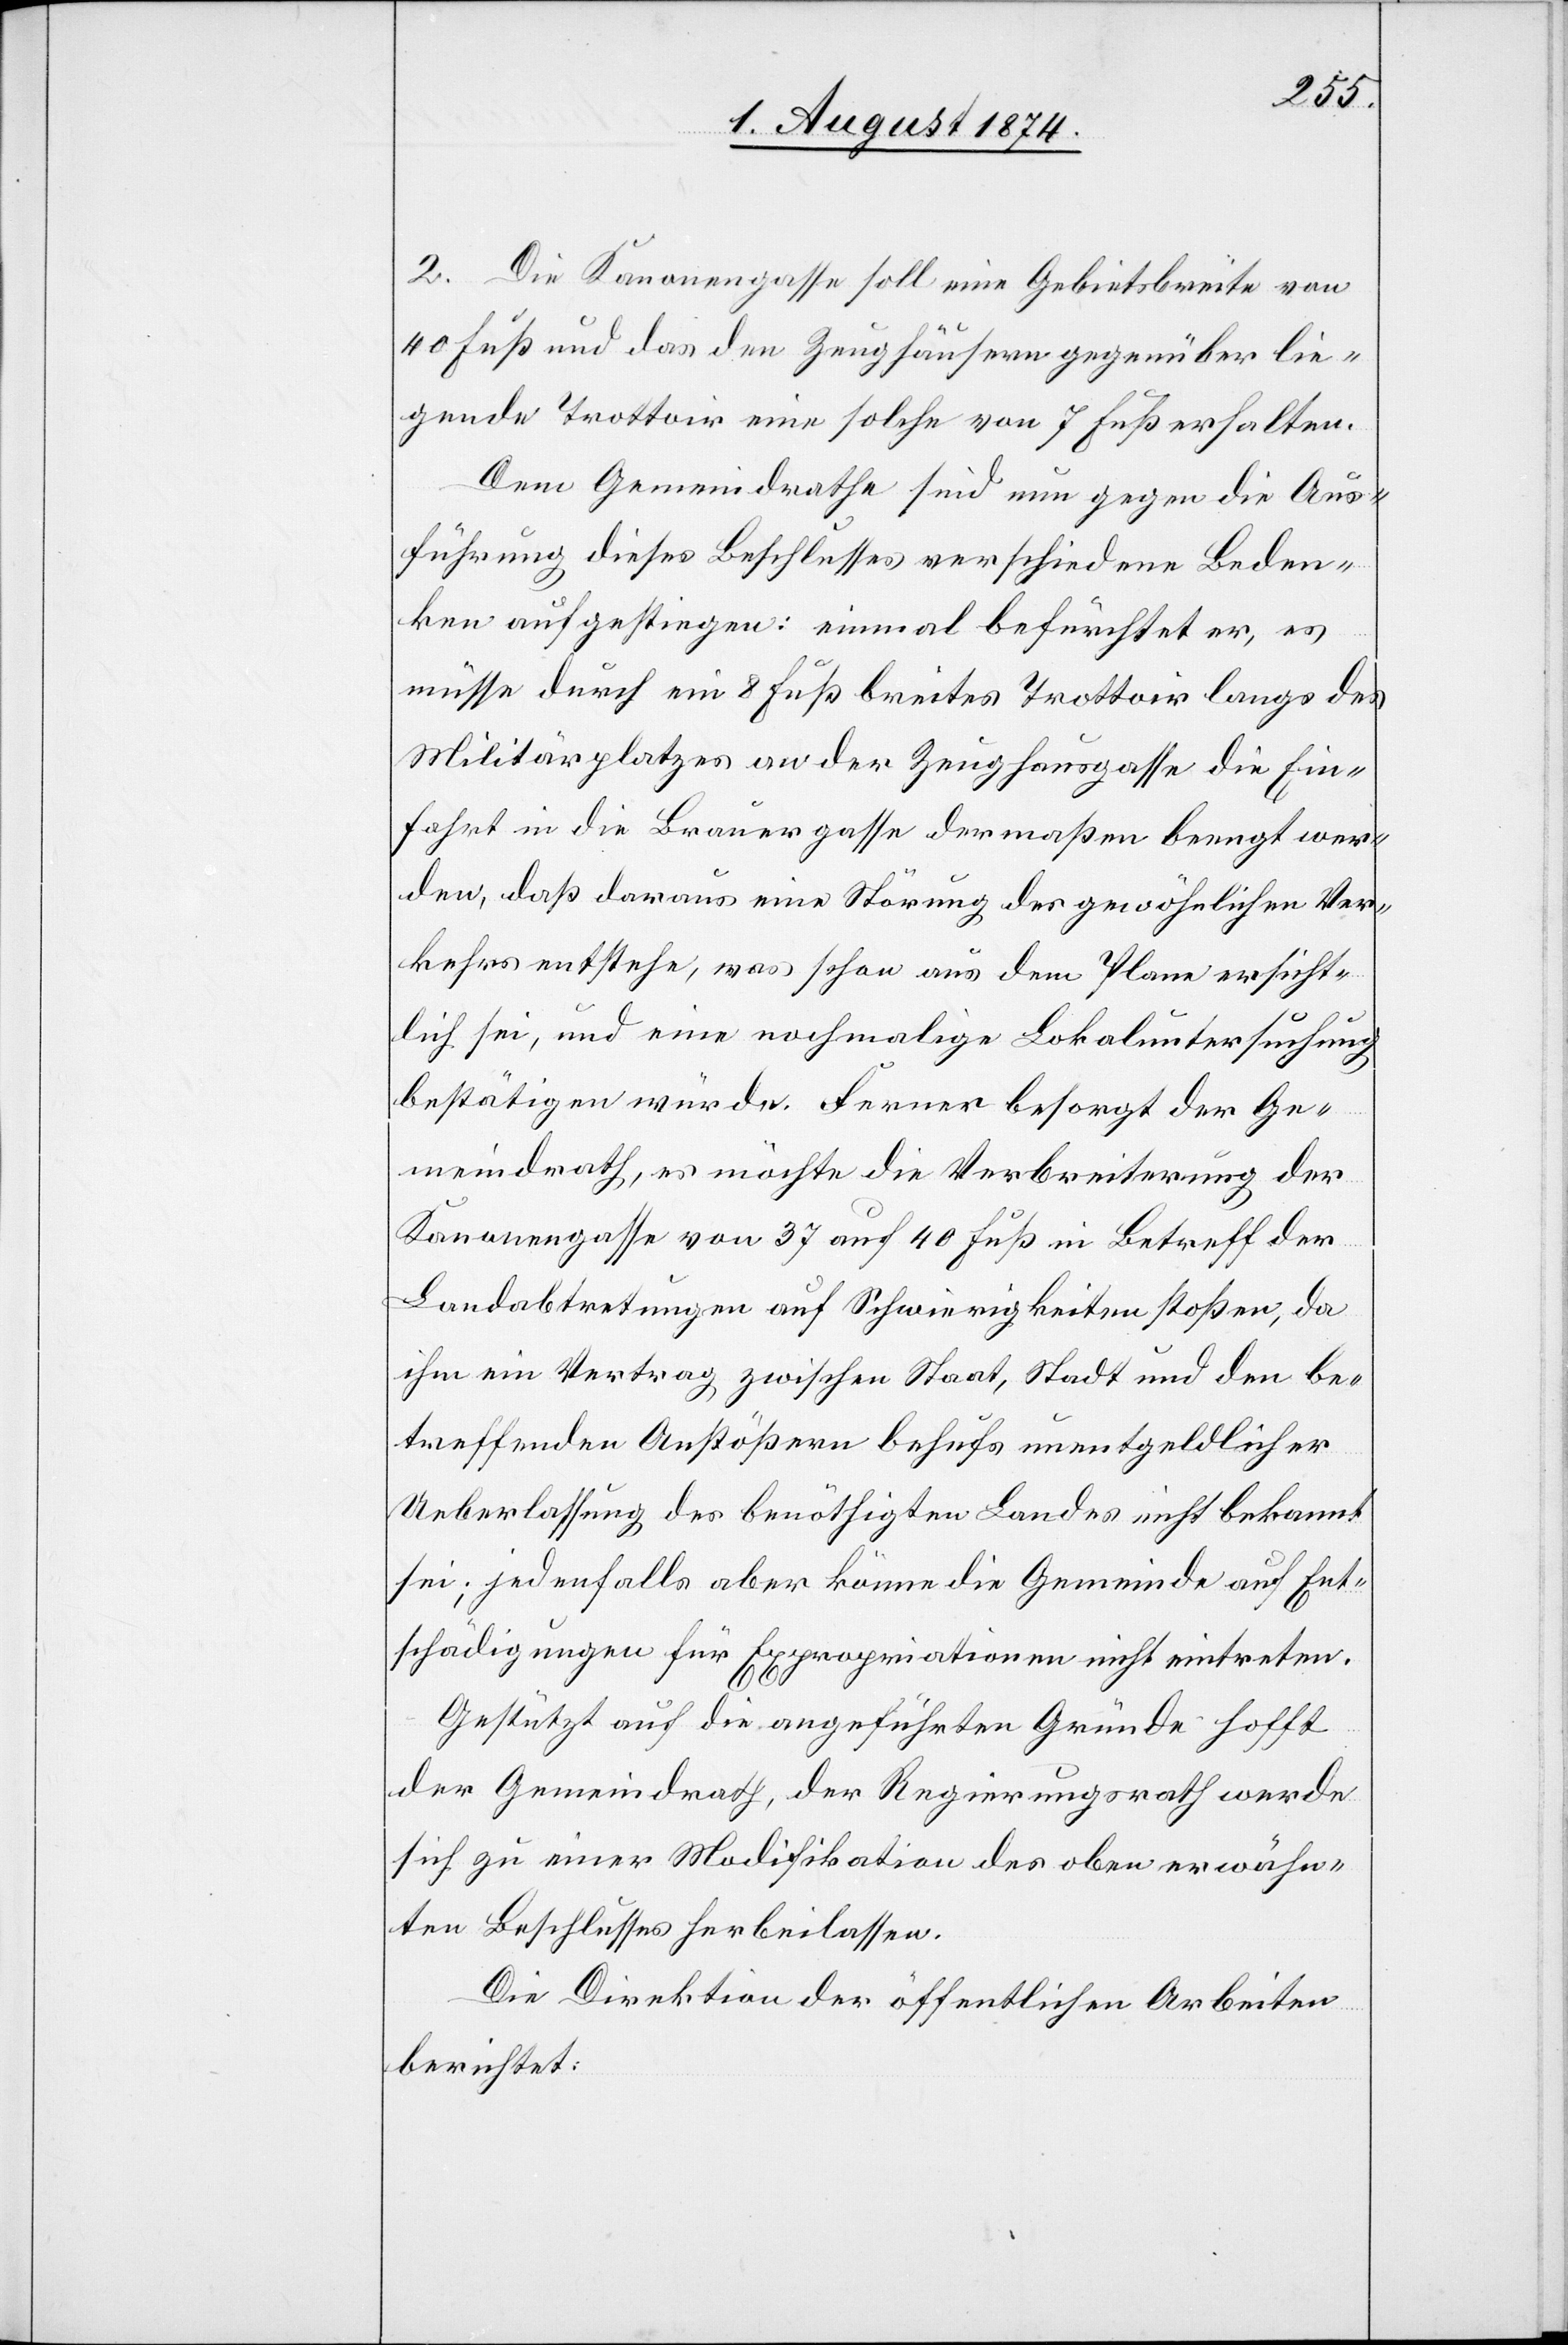
2. Die Kanonengasse soll eine Gebietsbreite von
40 Fuß und das den Zeughäusern gegenüber lie¬
gende Trottoir eine solche von 7 Fuß erhalten.
Dem Gemeindrathe sind nun gegen die Aus¬
führung dieses Beschlusses verschiedene Beden¬
ken aufgestiegen: einmal befürchtet er, es
müsse durch ein 8 Fuß breites Trottoir langs des
Militärplatzes an der Zeughausgasse die Ein¬
fahrt in die Brauergasse dermaßen beengt wer¬
den, daß daraus eine Störung des gewöhnlichen Ver¬
kehrs entstehe, was schon aus dem Plane ersicht¬
lich sei, und eine nochmalige Lokaluntersuchung
bestätigen würde. Ferner besorgt der Ge¬
meindrath, es möchte die Verbreiterung der
Kanonengasse von 37 auf 40 Fuß in Betreff der
Landabtretungen auf Schwierigkeiten stoßen, da
ihm ein Vertrag zwischen Staat, Stadt und den be¬
treffenden Anstößern behufs unentgeldlicher
Ueberlassung des benöthigten Landes nicht bekannt
sei; jedenfalls aber könne die Gemeinde auf Ent¬
schädigungen für Expropriationen nicht eintreten.
Gestützt auf die angeführten Gründe hofft
der Gemeindrath , der Regierungsrath werde
sich zu einer Modifikation des oben erwähn¬
ten Beschlusses herbeilassen.
Die Direktion der öffentlichen Arbeiten
berichtet: